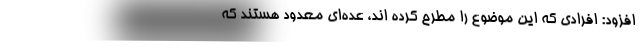
افزود: افرادی که این موضوع را مطرح کرده اند، عده‌ای معدود هستند که